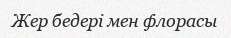
Жер бедері мен флорасы